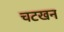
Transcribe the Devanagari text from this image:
चटखन